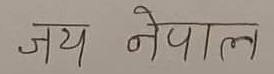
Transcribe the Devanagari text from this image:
जय नेपाल